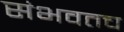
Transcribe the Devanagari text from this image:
संभवतच